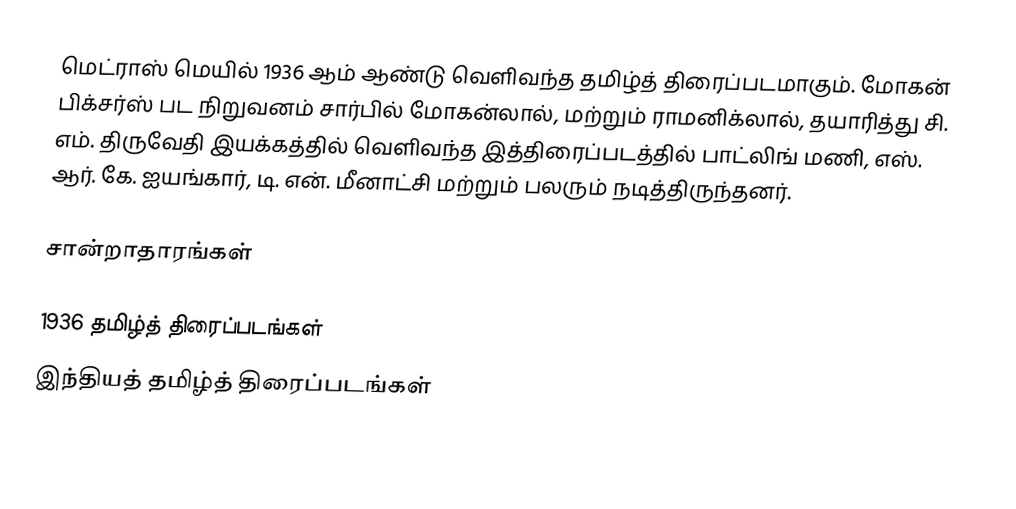
மெட்ராஸ் மெயில் 1936 ஆம் ஆண்டு வெளிவந்த தமிழ்த் திரைப்படமாகும். மோகன் பிக்சர்ஸ் பட நிறுவனம் சார்பில் மோகன்லால், மற்றும் ராமனிக்லால், தயாரித்து சி. எம். திருவேதி இயக்கத்தில் வெளிவந்த இத்திரைப்படத்தில் பாட்லிங் மணி, எஸ். ஆர். கே. ஐயங்கார், டி. என். மீனாட்சி மற்றும் பலரும் நடித்திருந்தனர்.

சான்றாதாரங்கள்

1936 தமிழ்த் திரைப்படங்கள்
இந்தியத் தமிழ்த் திரைப்படங்கள்